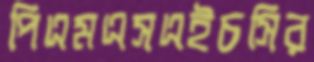
পিএমএসএইচসির